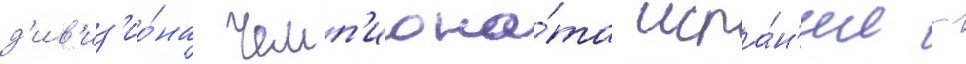
д'ив'из'ио́на чемп'иона́та испа́н'ии -